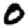
Digit: 0